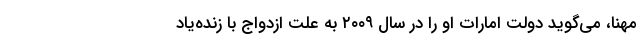
مهنا، می‌گوید دولت امارات او را در سال ۲۰۰۹ به علت ازدواج با زنده‌یاد